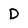
Character: D